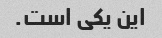
این یکی است.